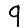
Digit: 9